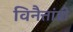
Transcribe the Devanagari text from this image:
विनैत्तांडी